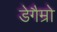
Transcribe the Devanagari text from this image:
डेगैम्रो